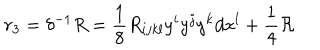
r _ { 3 } = \delta ^ { - 1 } R = \frac 1 8 R _ { i j k l } y ^ { i } y ^ { j } y ^ { k } d x ^ { l } + \frac 1 4 { \cal R }